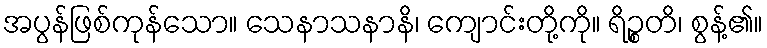
အပွန်ဖြစ်ကုန်သော။ သေနာသနာနိ၊ ကျောင်းတို့ကို။ ရိဉ္စတိ၊ စွန့်၏။